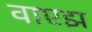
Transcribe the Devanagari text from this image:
वाएझ